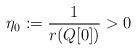
LaTeX: \begin{align*}\eta_0:=\frac{1}{r(Q[0])} >0\end{align*}